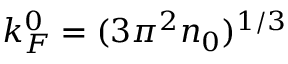
k _ { F } ^ { 0 } = ( 3 \pi ^ { 2 } n _ { 0 } ) ^ { 1 / 3 }